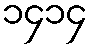
၁၄၁၄